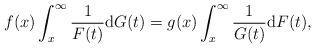
LaTeX: \begin{align*}f(x)\int_{x}^{\infty}\frac{1}{F(t)}{\rm d}G(t)=g(x)\int_{x}^{\infty}\frac{1}{G(t)}{\rm d}F(t),\end{align*}